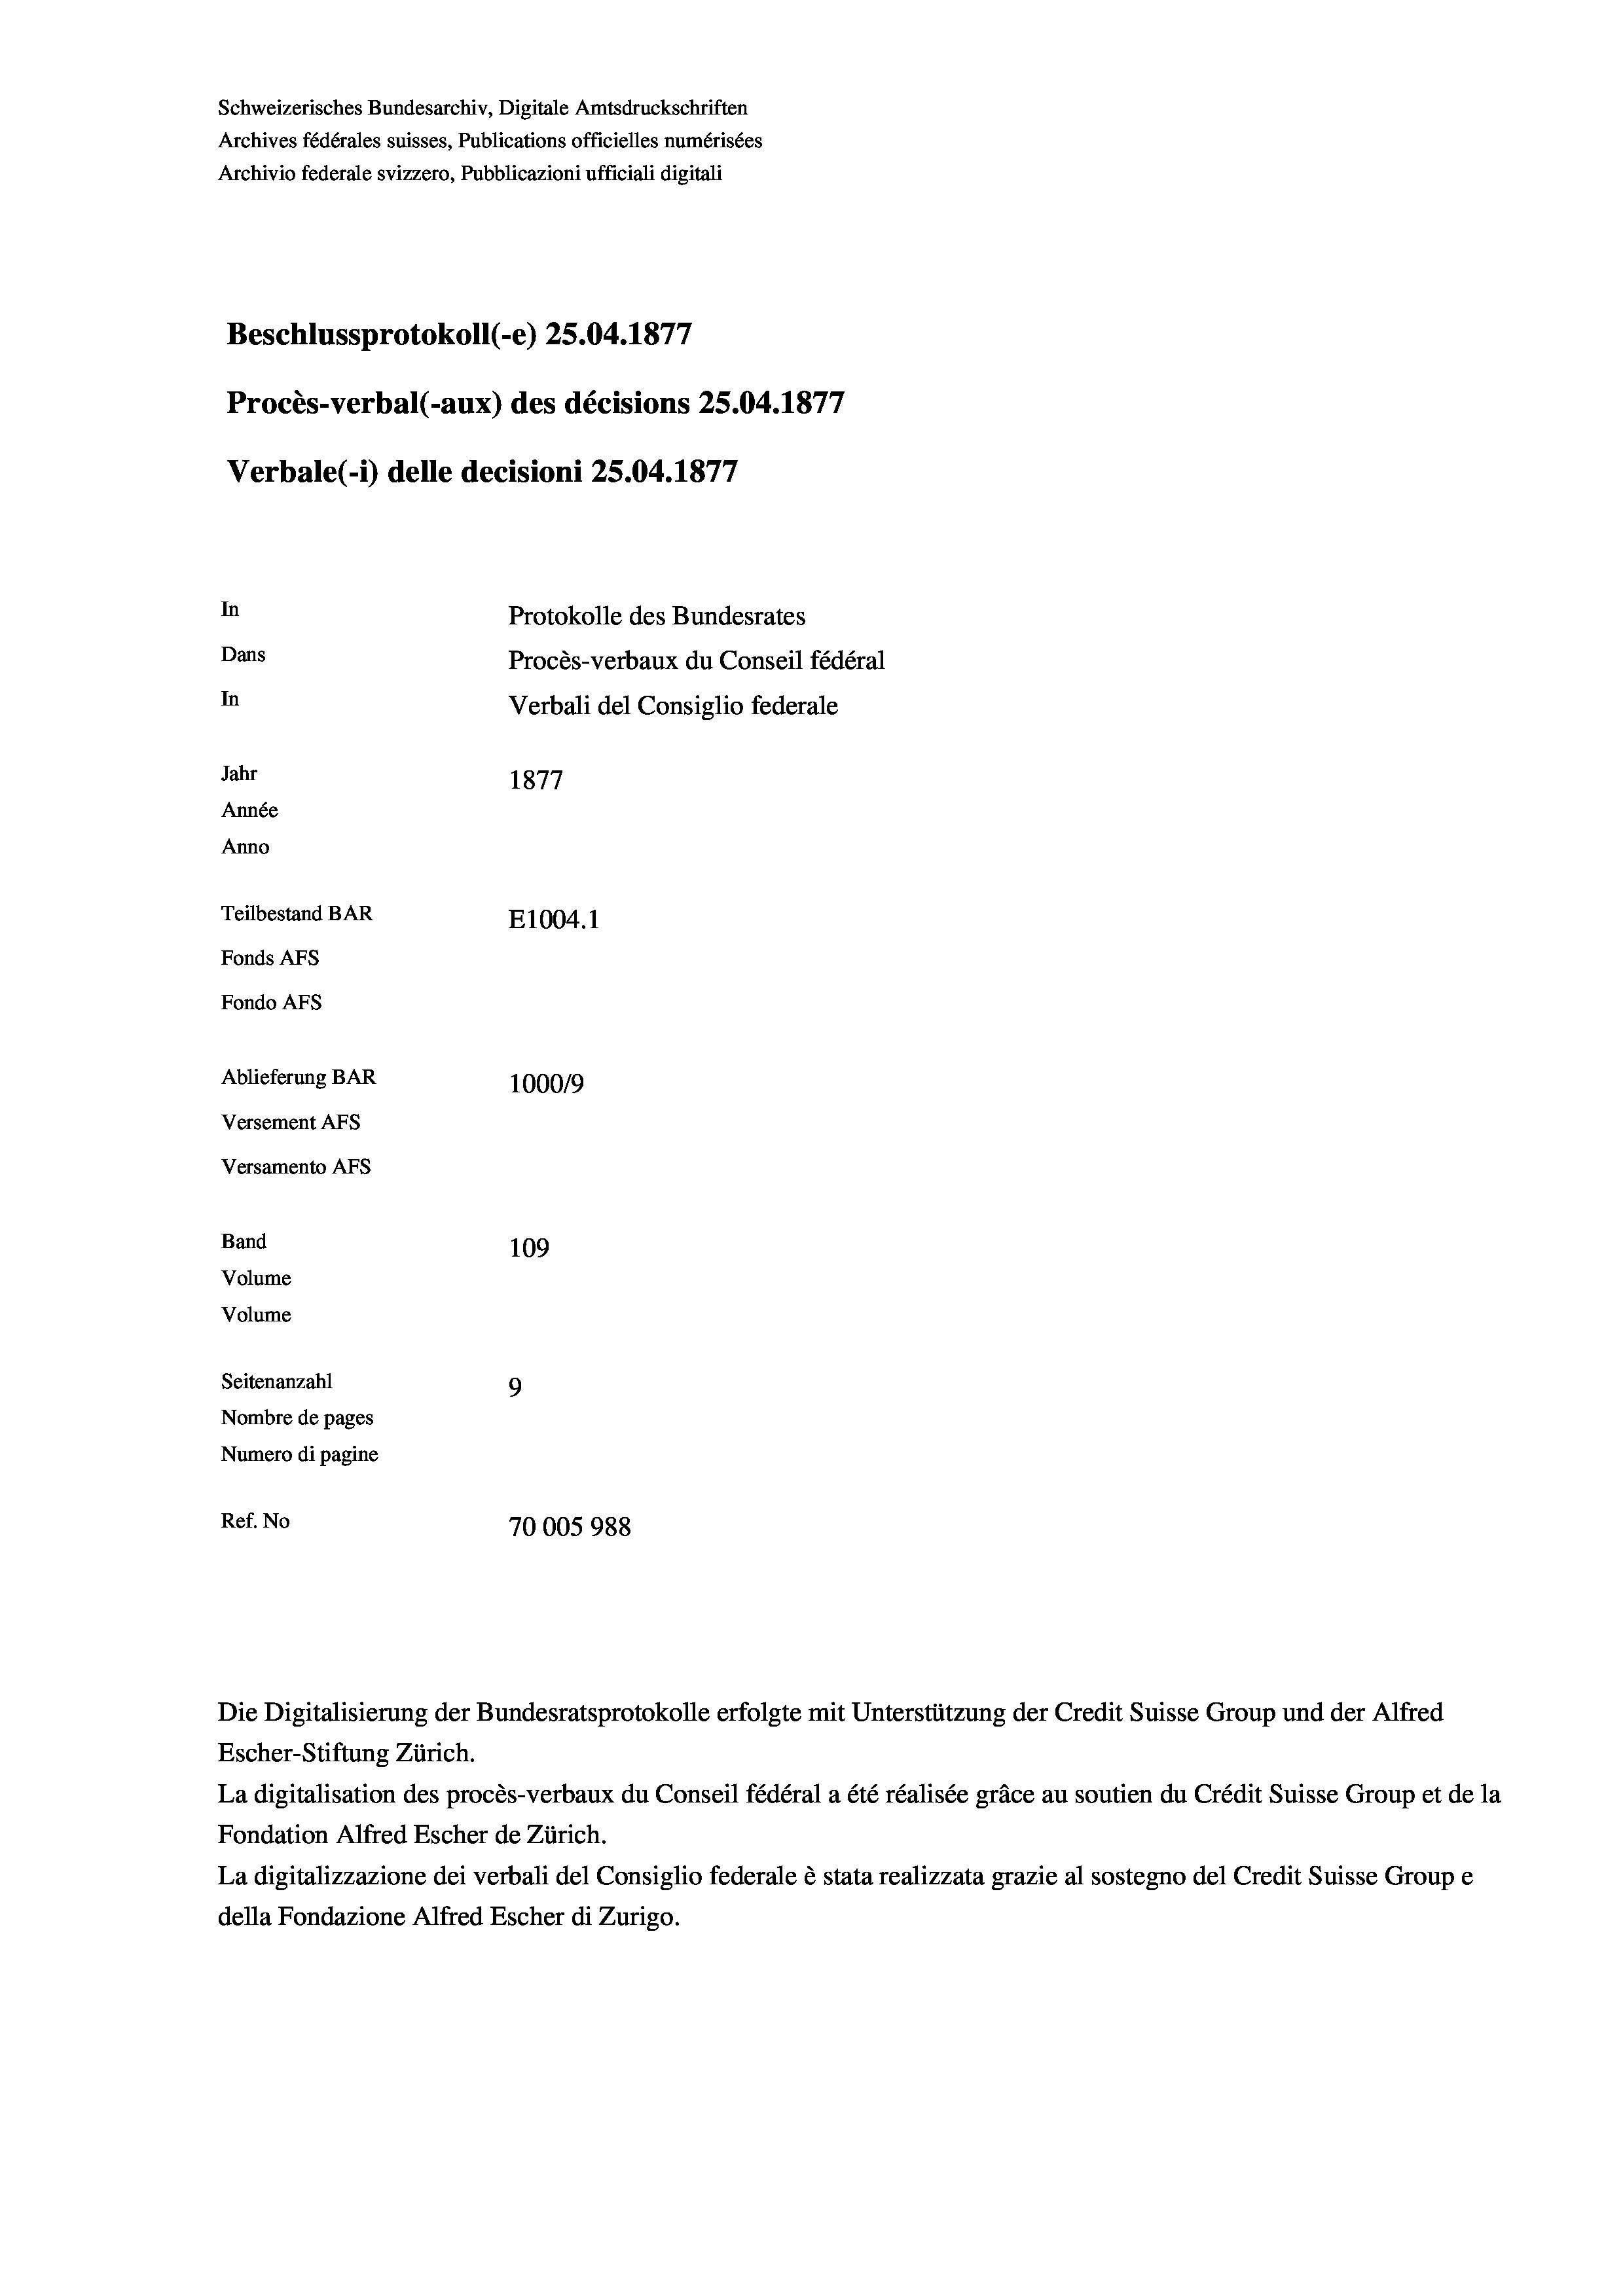
Schweizerisches Bundesarchiv, Digitale Amtsdruckschriften
Archives fédérales suisses, Publications officielles numérisées
Archivio federale svizzero, Pubblicazioni ufficiali digitali
Beschlussprotokoll (-e) 25.04. 1877
27
Procès-verbal (-aux) des décisions 25.04.187;
Verbale(-*) delle decisioni 25.04. 1877
In
Protokolle des Bundesrates
Dans
Procès-verbaux du Conseil fédéral
In
Verbali del Consiglio federale
Jahr
1877
Année
Anno
Teilbestand BAR
E1004.1
Fonds AFs
Fondo AFs
Ablieferung BAR
1000/9
Versement AFS
Versamento AFs
Band
109
Volume
Volume
Seitenanzahl
9
Nombre de pages
Numero di pagine
Ref. No
70005988

Die Digitalisierung der Bundesratsprotokolle erfolgte mit Unterstützung der Credit Suisse Group und der Alfred

Escher-Stiftung Zürich.
La digitalisation des procès-verbaux du Conseil fédéral a été réalisée gräce au soutien du Crédit Suisse Group et de la
Fondation Alfred Escher de Zürich.
La digitalizzazione dei verbali del Consiglio federale è stata realizzata grazie al sostegno del Credit Suisse Groupe
della Fondazione Alfred Escher di Zurigo.